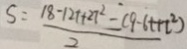
S = \frac { 1 8 - 1 2 t + 2 7 ^ { 2 } } { 2 } = ( 9 - 6 t + t ^ { 2 } )